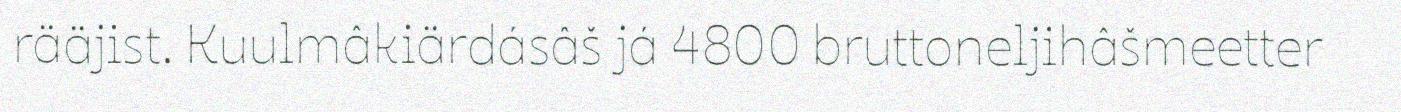
rääjist. Kuulmâkiärdásâš já 4800 bruttoneljihâšmeetter